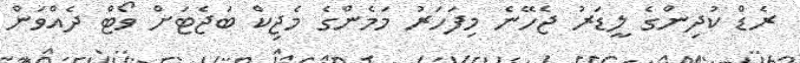
ރެޑް ކުދިންގެ ލީޑަރު ޖެހޭނެ މިފަހަރު މަމެންގެ މެޖިކް ބަޖެޓަށް ވޯޓް ދެއްވަން